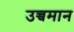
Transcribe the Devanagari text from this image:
उच्चमान